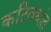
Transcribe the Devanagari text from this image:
कटिबंधांत